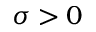
\sigma > 0